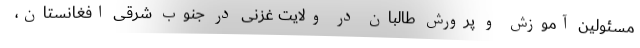
مسئولین آموزش و پرورش طالبان در ولایت غزنی در جنوب شرقی افغانستان،